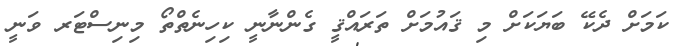
ކަމަށް ދެކޭ ބަޔަކަށް މި ޤައުމަށް ތަރައްޤީ ގެންނާނީ ކިހިނެތްތޯ މިނިސްޓަރ ވަނީ